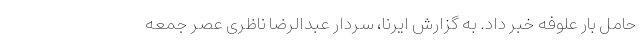
حامل بار علوفه خبر داد. به گزارش ایرنا، سردار عبدالرضا ناظری عصر جمعه